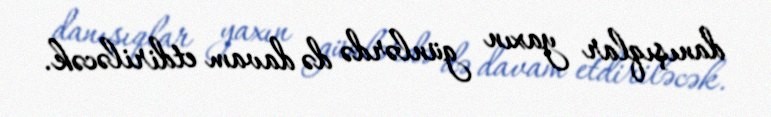
danışıqlar yaxın günlərdə də davam etdiriləcək.